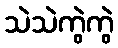
သဲသဲကွဲကွဲ